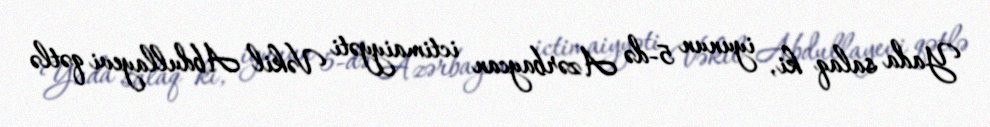
Yada salaq ki, iyunun 5-də Azərbaycan ictimaiyyəti Vəkil Abdullayevi qətlə